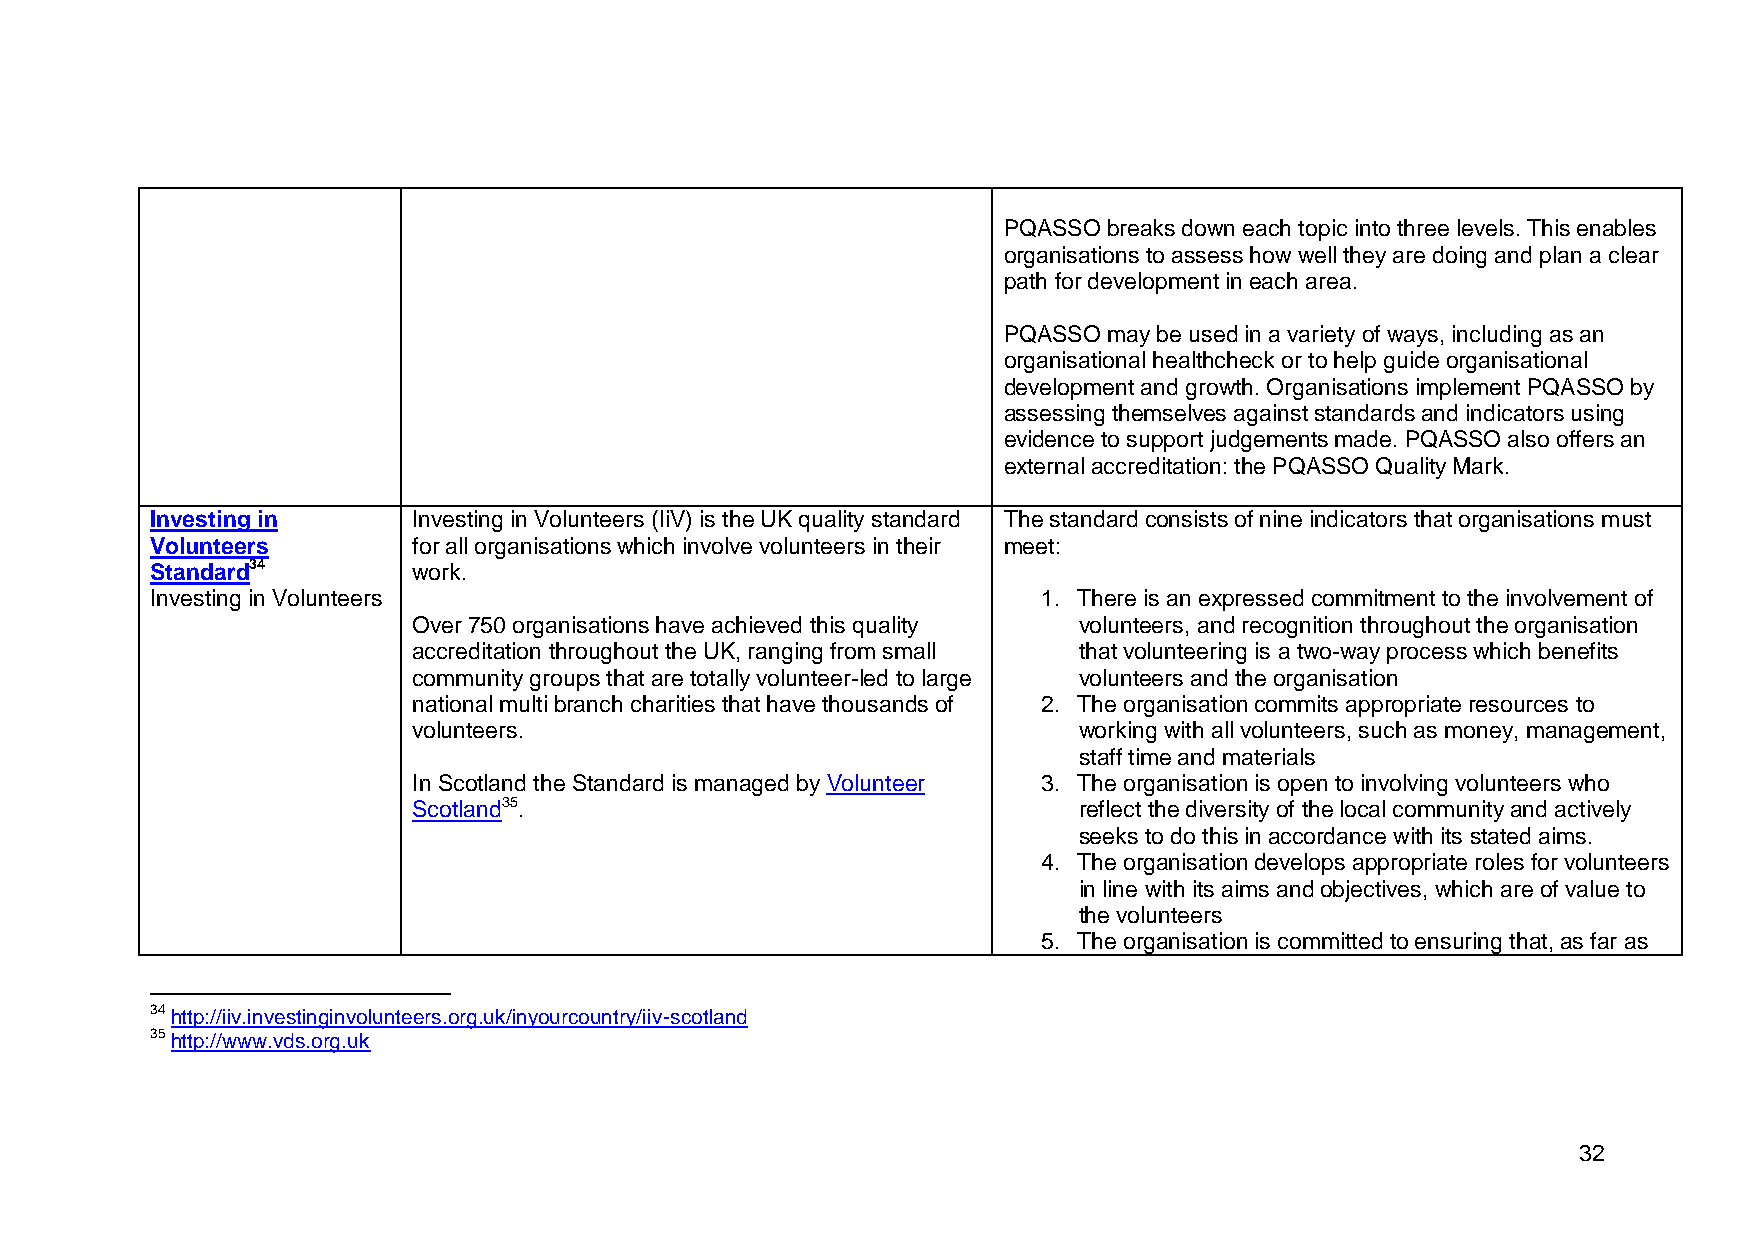
PQASSO breaks down each topic into three levels. This enables
 organisations to assess how well they are doing and plan a clear
 path for development in each area.
 PQASSO may be used in a variety of ways, including as an
 organisational healthcheck or to help guide organisational
 development and growth. Organisations implement PQASSO by
 assessing themselves against standards and indicators using
 evidence to support judgements made. PQASSO also offers an
 external accreditation: the PQASSO Quality Mark.
 Investing in     Investing in Volunteers (IiV) is the UK quality standard The standard consists of nine indicators that organisations must
 Volunteers       for all organisations which involve volunteers in their meet:
 Standard34       work.
 Investing in Volunteers                                    1. There is an expressed commitment to the involvement of
 Over 750 organisations have achieved this quality volunteers, and recognition throughout the organisation
 accreditation throughout the UK, ranging from small that volunteering is a two-way process which benefits
 community groups that are totally volunteer-led to large volunteers and the organisation
 national multi branch charities that have thousands of 2. The organisation commits appropriate resources to
 volunteers.                                 working with all volunteers, such as money, management,
 staff time and materials
 In Scotland the Standard is managed by Volunteer 3. The organisation is open to involving volunteers who
 Scotland35.                                 reflect the diversity of the local community and actively
 seeks to do this in accordance with its stated aims.
 4. The organisation develops appropriate roles for volunteers
 in line with its aims and objectives, which are of value to
 the volunteers
 5. The organisation is committed to ensuring that, as far as
 34 http://iiv.investinginvolunteers.org.uk/inyourcountry/iiv-scotland
 35 http://www.vds.org.uk
 32